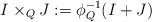
\begin{align*}I \times_Q J := \phi_Q^{-1}(I+J)\end{align*}